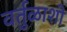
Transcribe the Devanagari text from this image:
वर्तुळाशी